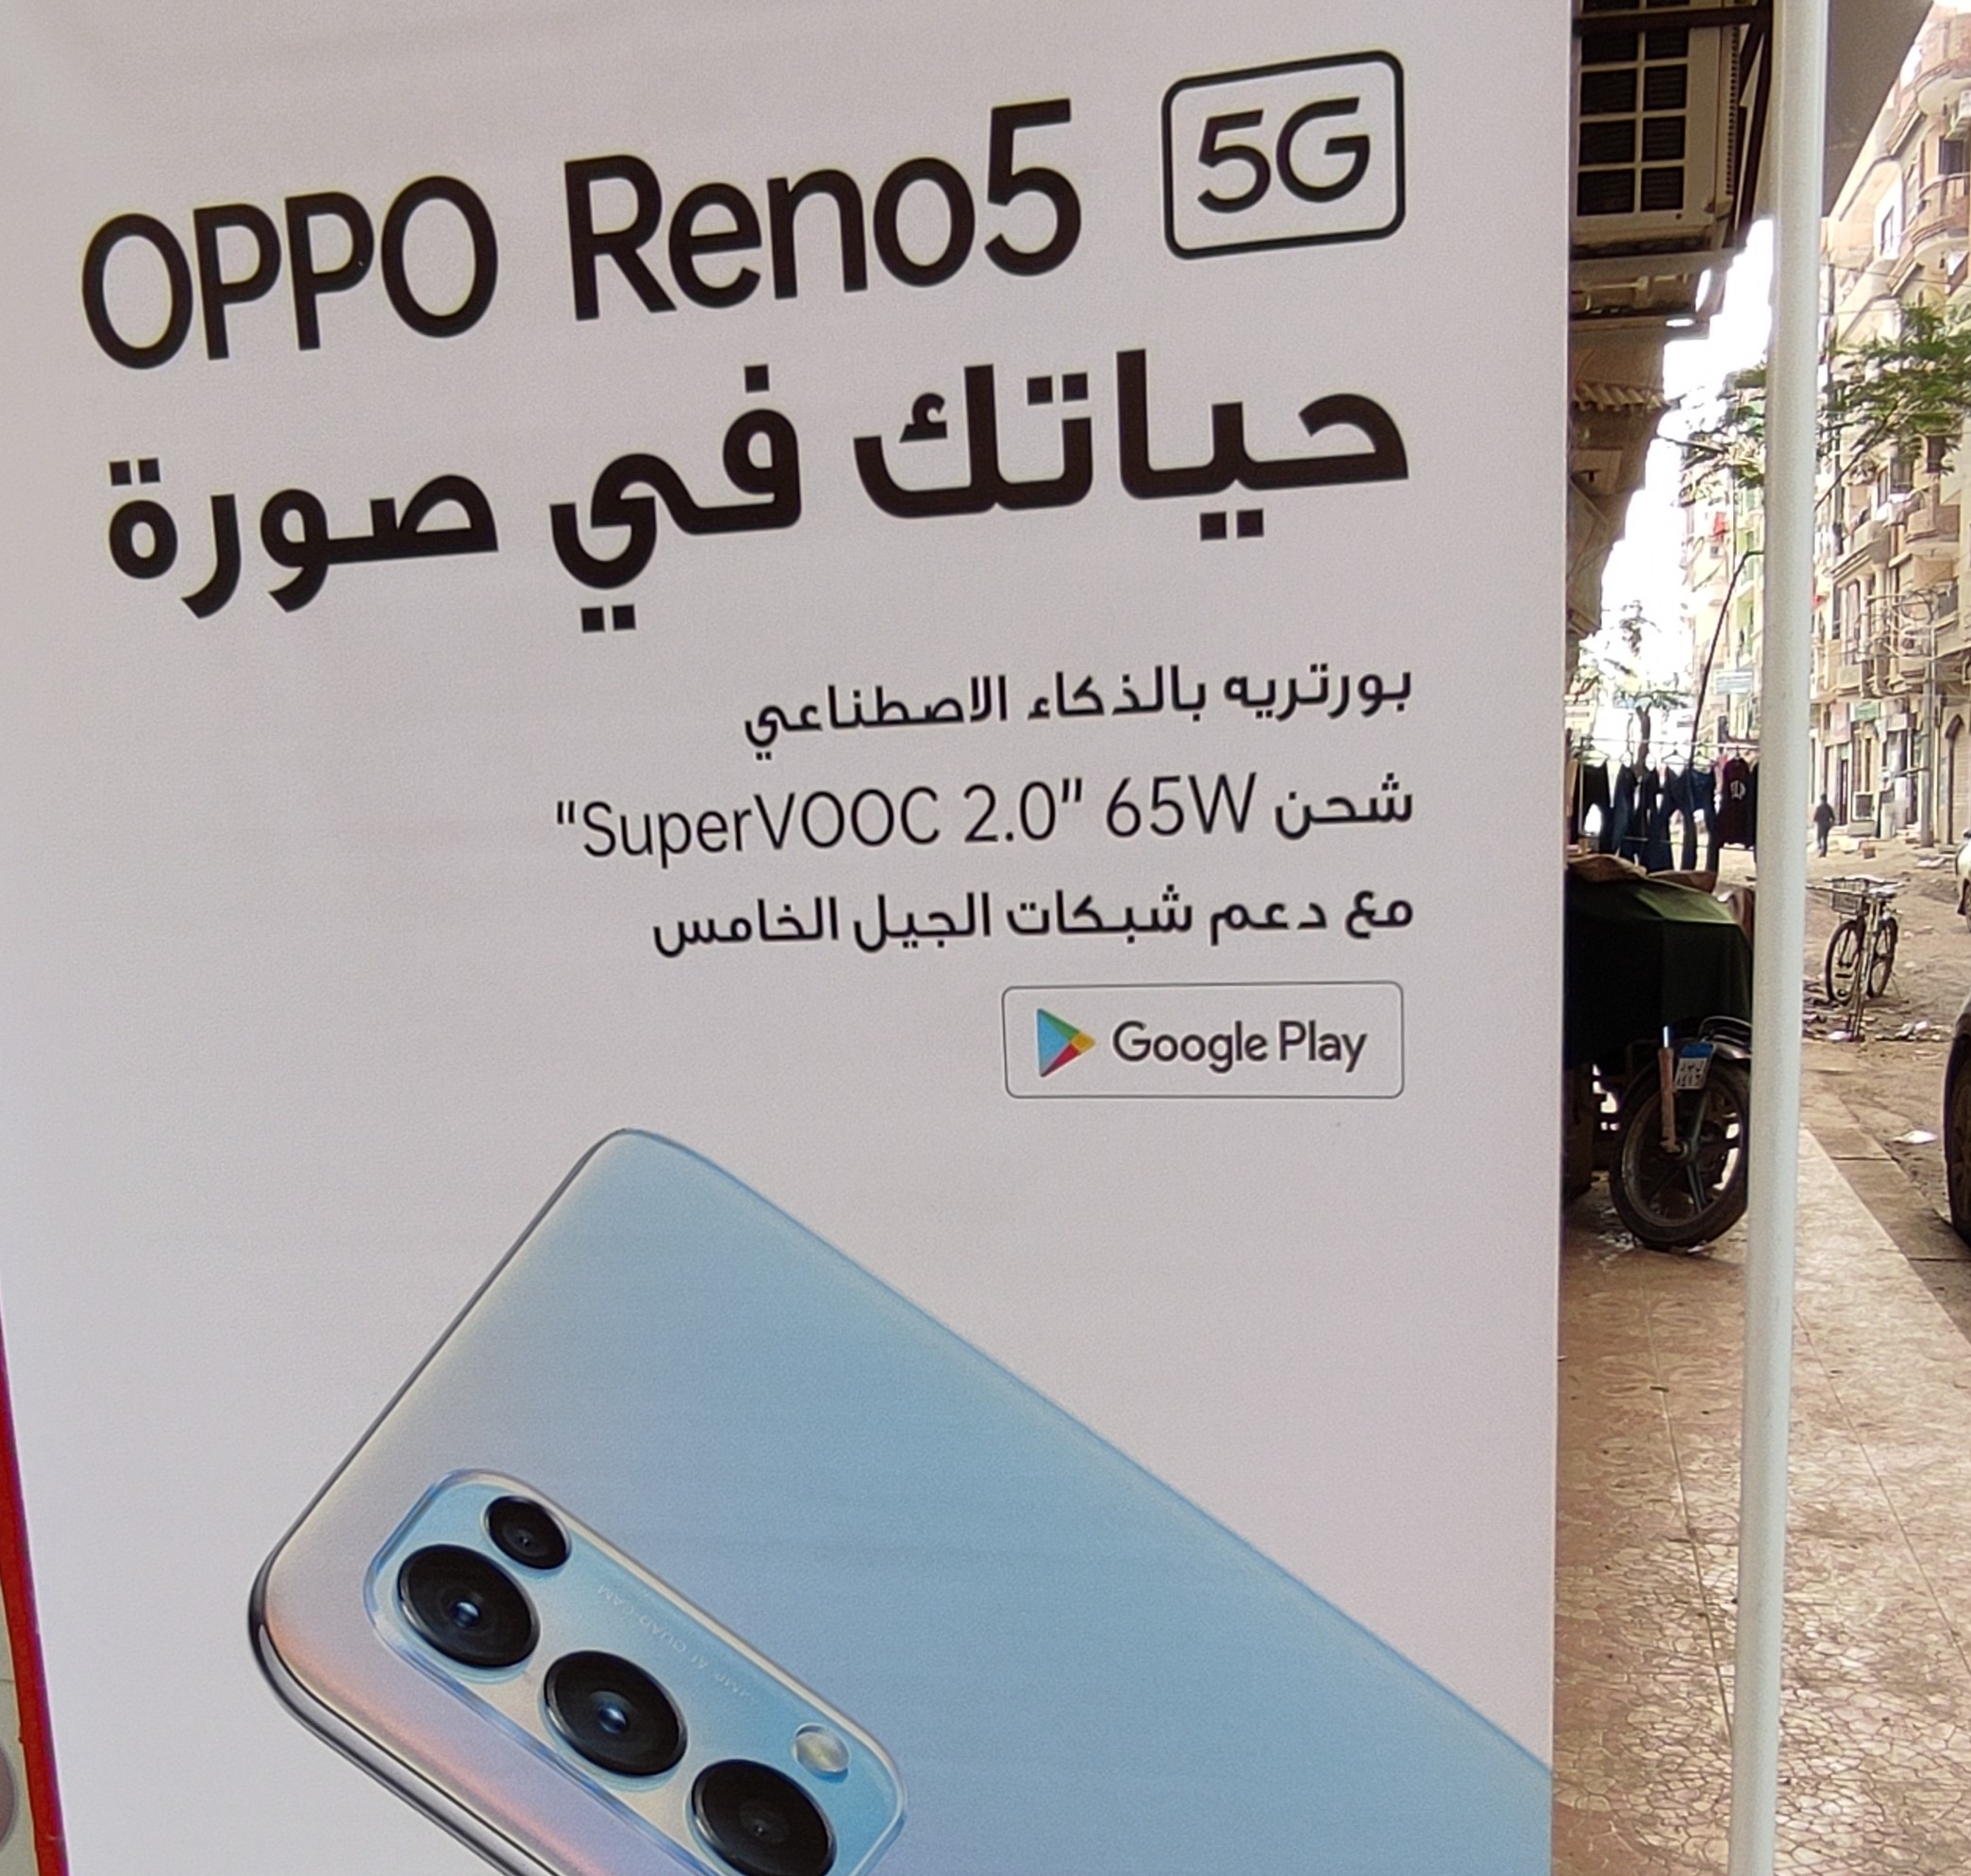
Text in image: حياتك في صورة بورتريه بالذكاء الاصطناعي شحن مع شبكات دعم الجيل الخامس 5G Reno5 OPPO 65W 2.0 VOOC Super Play Google